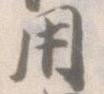
用